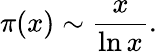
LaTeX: \pi(x)\sim{\frac{x}{\ln x}}.